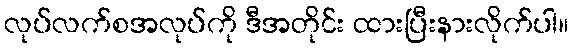
လုပ်လက်စအလုပ်ကို ဒီအတိုင်း ထားပြီးနားလိုက်ပါ။